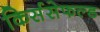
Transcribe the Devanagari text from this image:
किर्ससेफल्ड